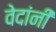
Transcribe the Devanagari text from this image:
वेदांनीं